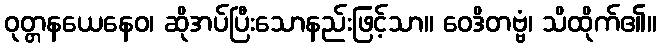
ဝုတ္တနယေနေဝ၊ ဆိုအပ်ပြီးသောနည်းဖြင့်သာ။ ဝေဒိတဗ္ဗံ၊ သိထိုက်၏။